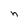
Character: n